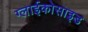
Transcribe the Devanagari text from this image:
ग्लाईकोसाइड